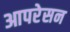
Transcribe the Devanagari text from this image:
आपरेसन